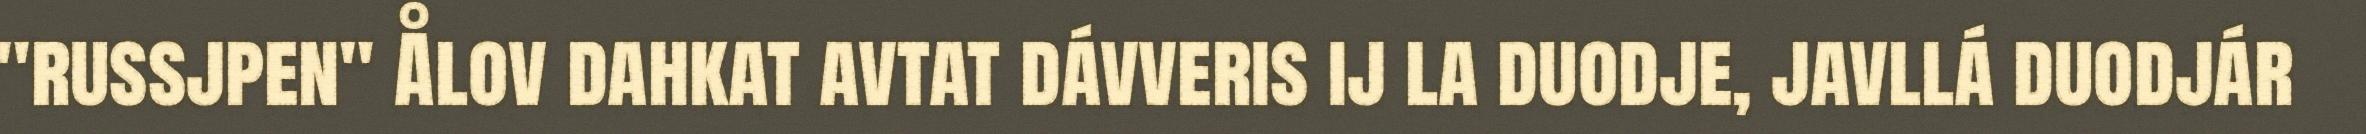
"russjpen" Ålov dahkat avtat dávveris ij la duodje, javllá duodjár